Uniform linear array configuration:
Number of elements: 4
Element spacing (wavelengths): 1
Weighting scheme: cosine
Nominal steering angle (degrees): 45
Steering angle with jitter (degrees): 45.995
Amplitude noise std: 0.05
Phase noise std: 0.05

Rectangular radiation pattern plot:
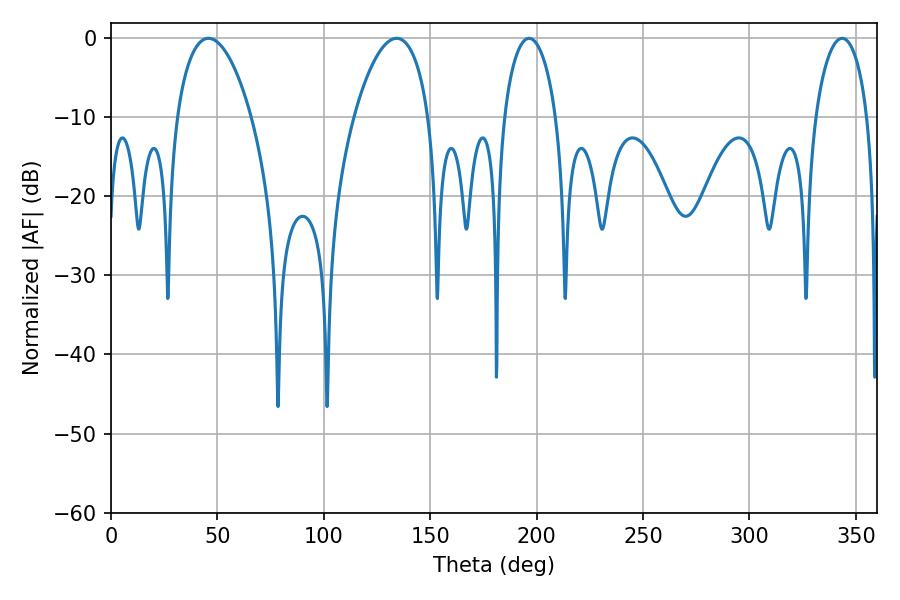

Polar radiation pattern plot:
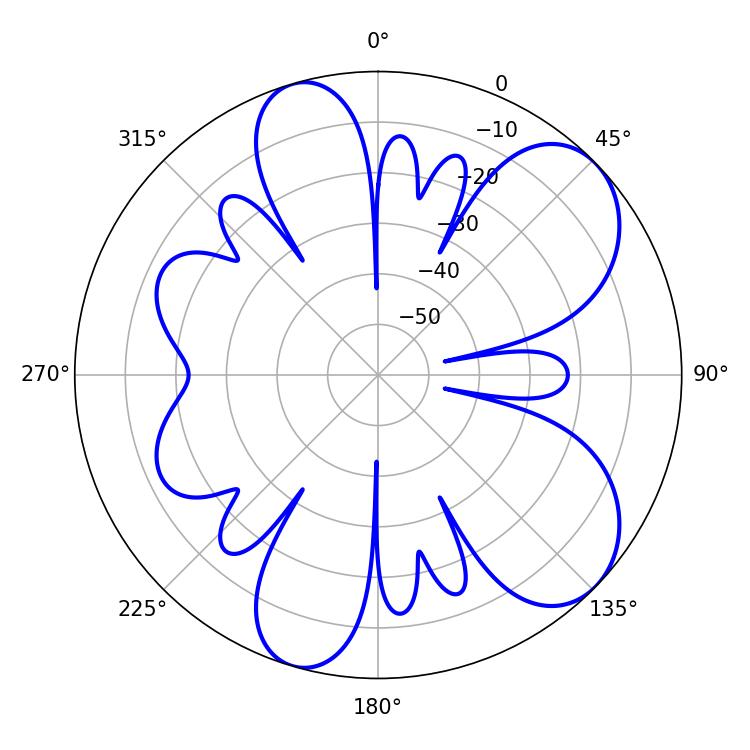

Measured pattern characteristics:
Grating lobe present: TRUE
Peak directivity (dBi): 7.635
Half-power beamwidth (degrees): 19.62
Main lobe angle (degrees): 45.72